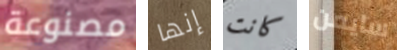
مصنوعة إنها كانت سايمن